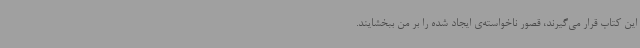
این کتاب قرار می‌گیرند، قصور ناخواسته‌ی ایجاد شده را بر من ببخشایند.